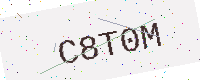
Text: C8T0M